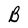
Character: B